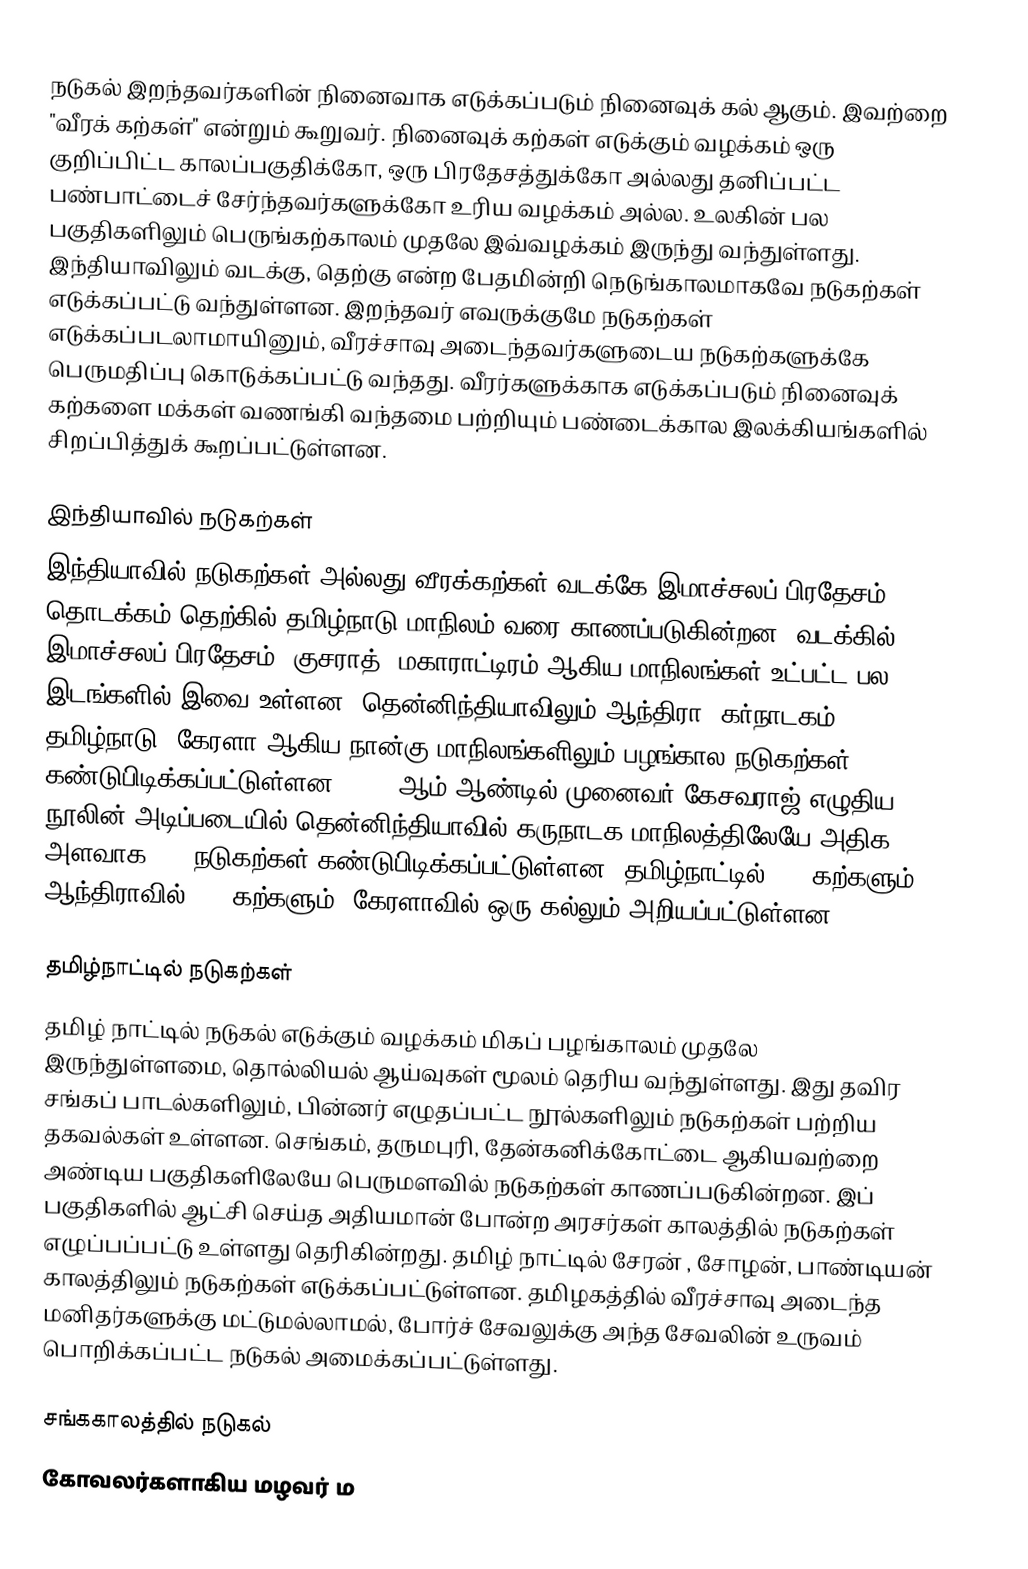
நடுகல் இறந்தவர்களின் நினைவாக எடுக்கப்படும் நினைவுக் கல் ஆகும். இவற்றை "வீரக் கற்கள்" என்றும் கூறுவர். நினைவுக் கற்கள் எடுக்கும் வழக்கம் ஒரு குறிப்பிட்ட காலப்பகுதிக்கோ, ஒரு பிரதேசத்துக்கோ அல்லது தனிப்பட்ட பண்பாட்டைச் சேர்ந்தவர்களுக்கோ உரிய வழக்கம் அல்ல. உலகின் பல பகுதிகளிலும் பெருங்கற்காலம் முதலே இவ்வழக்கம் இருந்து வந்துள்ளது. இந்தியாவிலும் வடக்கு, தெற்கு என்ற பேதமின்றி நெடுங்காலமாகவே நடுகற்கள் எடுக்கப்பட்டு வந்துள்ளன. இறந்தவர் எவருக்குமே நடுகற்கள் எடுக்கப்படலாமாயினும், வீரச்சாவு அடைந்தவர்களுடைய நடுகற்களுக்கே பெருமதிப்பு கொடுக்கப்பட்டு வந்தது. வீரர்களுக்காக எடுக்கப்படும் நினைவுக் கற்களை மக்கள் வணங்கி வந்தமை பற்றியும் பண்டைக்கால இலக்கியங்களில் சிறப்பித்துக் கூறப்பட்டுள்ளன.

இந்தியாவில் நடுகற்கள்
இந்தியாவில் நடுகற்கள் அல்லது வீரக்கற்கள் வடக்கே இமாச்சலப் பிரதேசம் தொடக்கம் தெற்கில் தமிழ்நாடு மாநிலம் வரை காணப்படுகின்றன. வடக்கில் இமாச்சலப் பிரதேசம், குசராத், மகாராட்டிரம் ஆகிய மாநிலங்கள் உட்பட்ட பல இடங்களில் இவை உள்ளன. தென்னிந்தியாவிலும் ஆந்திரா, கர்நாடகம், தமிழ்நாடு, கேரளா ஆகிய நான்கு மாநிலங்களிலும் பழங்கால நடுகற்கள் கண்டுபிடிக்கப்பட்டுள்ளன. 2008 ஆம் ஆண்டில் முனைவர் கேசவராஜ் எழுதிய நூலின் அடிப்படையில் தென்னிந்தியாவில் கருநாடக மாநிலத்திலேயே அதிக அளவாக 397 நடுகற்கள் கண்டுபிடிக்கப்பட்டுள்ளன. தமிழ்நாட்டில் 202 கற்களும், ஆந்திராவில் 126 கற்களும், கேரளாவில் ஒரு கல்லும் அறியப்பட்டுள்ளன.

தமிழ்நாட்டில் நடுகற்கள்
தமிழ் நாட்டில் நடுகல் எடுக்கும் வழக்கம் மிகப் பழங்காலம் முதலே இருந்துள்ளமை, தொல்லியல் ஆய்வுகள் மூலம் தெரிய வந்துள்ளது. இது தவிர சங்கப் பாடல்களிலும், பின்னர் எழுதப்பட்ட நூல்களிலும் நடுகற்கள் பற்றிய தகவல்கள் உள்ளன. செங்கம், தருமபுரி, தேன்கனிக்கோட்டை  ஆகியவற்றை அண்டிய பகுதிகளிலேயே பெருமளவில் நடுகற்கள் காணப்படுகின்றன. இப் பகுதிகளில் ஆட்சி செய்த அதியமான் போன்ற அரசர்கள் காலத்தில் நடுகற்கள் எழுப்பப்பட்டு உள்ளது தெரிகின்றது. தமிழ் நாட்டில் சேரன் , சோழன், பாண்டியன் காலத்திலும் நடுகற்கள் எடுக்கப்பட்டுள்ளன. தமிழகத்தில் வீரச்சாவு அடைந்த மனிதர்களுக்கு மட்டுமல்லாமல், போர்ச் சேவலுக்கு அந்த சேவலின் உருவம் பொறிக்கப்பட்ட நடுகல் அமைக்கப்பட்டுள்ளது.

சங்ககாலத்தில் நடுகல்
கோவலர்களாகிய மழவர் ம